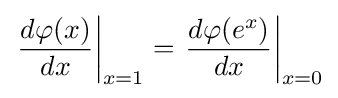
\left.{\frac {d\varphi (x)}{dx}}\right|_{x=1}=\left.{\frac {d\varphi (e^{x})}{dx}}\right|_{x=0}